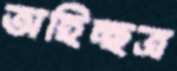
অহিচ্ছত্র